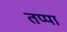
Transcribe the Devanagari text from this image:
तप्पा